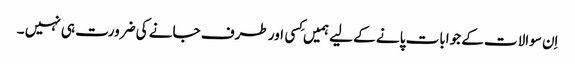
اِن سوالات کے جوابات پانے کے لیے ہمیں کِسی اور طرف جانے کی ضرورت ہی نہیں ۔